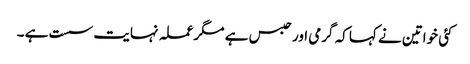
کئی خواتین نے کہا کہ گرمی اور حبس ہے مگر عملہ نہایت سست ہے ۔